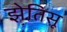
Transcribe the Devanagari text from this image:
झ़ेतिसू